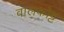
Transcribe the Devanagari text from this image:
वालकोट्ट